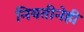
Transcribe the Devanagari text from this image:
नियतीनेही